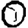
Digit: 0